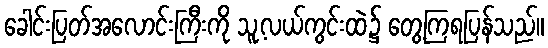
ခေါင်းပြတ်အလောင်းကြီးကို သူ့လယ်ကွင်းထဲ၌ တွေ့ကြရပြန်သည်။